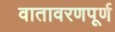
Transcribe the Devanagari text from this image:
वातावरणपूर्ण